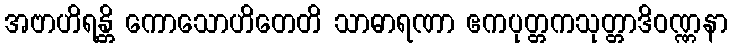
အဗာဟိရန္တိ ကောသောဟိတေတိ သာဓာရဏာ ဧကပုတ္တကသုတ္တာဒိဝဏ္ဏနာ